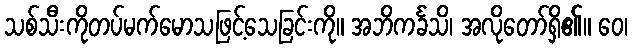
သစ်သီးကိုတပ်မက်မောသဖြင့်သေခြင်းကို။ အဘိကင်္ခသိ၊ အလိုတော်ရှိ၏။ ဝေ၊